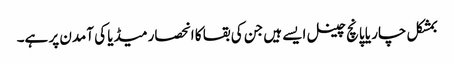
بمشکل چار یا پانچ چینل ایسے ہیں جن کی بقا کا انحصار میڈیا کی آمدن پر ہے۔